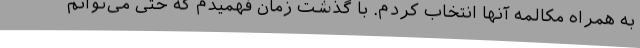
به همراه مکالمه آنها انتخاب کردم. با گذشت زمان فهمیدم که حتی می‌توانم